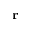
\mathbf { r }